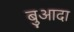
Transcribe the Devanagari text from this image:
बुआदा